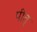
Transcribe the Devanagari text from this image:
पीत्